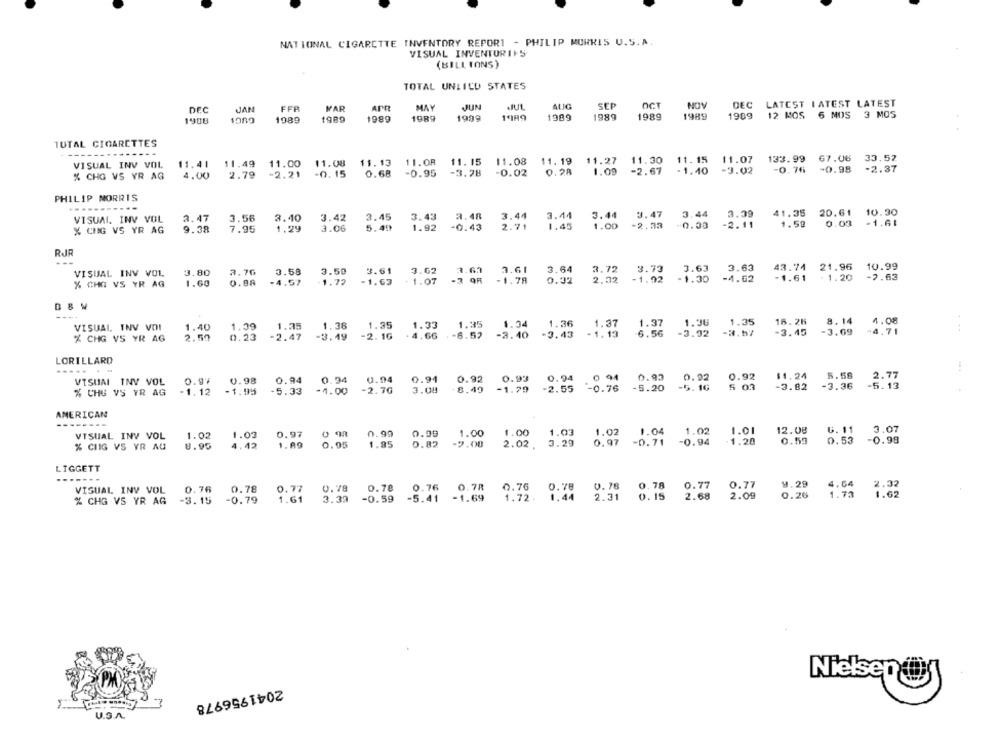
NATIONAL CIGARETTE INVENTORY REPORT - PHILIP MORRIS U.S.A
VISUAL INVENTORIES
(BILLIONS )
TOTAL UNIICU STATES
OCT
LATEST LATEST LATEST
DEC
FFR
MAR
APR
MAY
JJUN
SEP
NOV
DEC
1988
1989
1989
1989
1989
1999
1'I89
1989
1989
1989
1989
12 MOS 6 MOS 3 MOS
TUTAL CIGARETTES
VISUAL INV VOL
11.41 11.49 11.00 11.08 11.13 11.08 11.15
11.08
11.19 11.27 11.30 11.15 11.07
133.99 67.06 33.52
-0.02
0.28
1.09 -2.67
- 1.40
-3.02
-0.76 -0.98
-2.37
% CHG VS YR AG
4.00
2.79
-2.21 -0. 15
0.68
-0.95 -3.28
PHILIP MORRIS
3.42
3.45
3.43
2.48
3.44
3.44
3.44
3.47
3.44
3.39
41.35 20.61 10.30
VISUAL. INV VOL
2.47
3.56
3.40
1.59
0.03
-1.61
% CHG VS YR AG
9.38
7.95
3.06
5.49
1.92
-0.43
2.71
1.45
1.00
-2.33
-0.33
-2.11
RJR
3.72
3.63
3.63
43.74 21.96
10.99
VISUAL INV VOL
3.80
2.7G
3.58
3.50
3.61
3.62
3.61
3.64
3.73
X CHO VS YR AG
1.60
0.98
-4.57
1.72
-1.63
+ 1.07
-1.78
0.32
2.32
-1.92
-1.30
-4.62
-1.61
. 1.20
-7.63
8. 14
4.08
VISUAL INV VOI
1.40
1.39
1.35
1.36
1.35
1.33
1.35
1.34
1.36
1.37
1.37
1.36
1.35
16. 26
-6.52
-3.43
-1.13
6.56
-3.92
-2.57
-3.45
-3.69
-4.71
X CHG VS YR AG
2.50
0.23
-2.47
-3.49
-2. 16
. 4.66
-3.40
LORILLARD
....
0.94
0.94
0.94
0.92 0.93
0 94
0.93
0.92
0.92
$1.24
5.58
2.77
VISUM INV VOL
0.97
0.98
0.94
0.94
-5.16
5 03
-3.82
-3.36
-5.13
% CHE VS YR AG
-1.12
-1.95
5.33
-4.00
-2.76
3.08
-8.49 -1.79
-2.55 -0.76
-5.20
AMERICAN
1.02
1.04
1.02
1.01
12.08
6. 11
3.07
VISUAL INV VOL
1.02
1.03
0.97
0 98
0.99
0.99
1.00
1.00
1.03
% CIIG VS YR AU
8.90
4.42
1.89
0.95
1.85
0.82
-2.00
2.02
3.29
0.97
-0.71
-0.94
-1.20
0.59
0.53
-0.99
LIGGETT
4.29
4.64
2.32
VISUAL INY VOL
0.76
0.78
0.78
0.78
0.76
0.78
0.76
0.78
0. 78
0.78
0.77
0.77
0.77
3.39
-0.59
-5.41
-1.69
1.72.
1,44
2.31
0.15
2.68
2.09
0.26
1.73
1.62
% CHG VS YR AG
-3.15
-0.79
1.61
Nielsen@
2041956978
U.S.A.